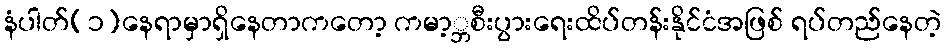
နံပါတ်(၁)နေရာမှာရှိနေတာကတော့ ကမာ့္ဘစီးပွားရေးထိပ်တန်းနိုင်ငံအဖြစ် ရပ်တည်နေတဲ့